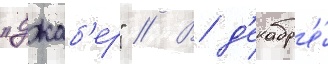
"джаб'ер" // В д'екабр'е́